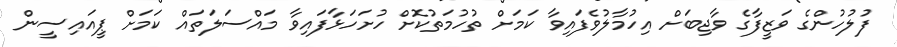
ފުލުހުންގެ ވަޒީފާގެ ވާޖިބަށް އިހުމާލުވެފައިވާ ކަމަށް ތުހުމަތުކޮށް ހުށަހަޅާފައިވާ މައްސަލަތައް ކަމަށް ޕީއައިސީން